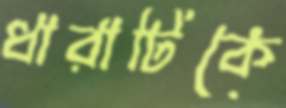
ধারাটিকে